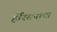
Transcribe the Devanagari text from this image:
हॅरिसनाचा